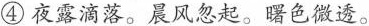
④夜露滴落。晨风忽起。曙色微透。